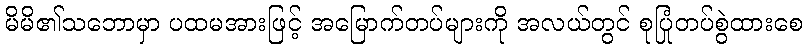
မိမိ၏သဘောမှာ ပထမအားဖြင့် အမြောက်တပ်များကို အလယ်တွင် စုပြုံတပ်စွဲထားစေ